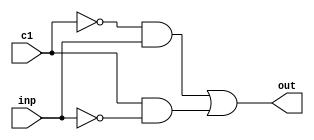
/*
member 1:
Name : Masthanaiah Chintamani
Roll : 191CS115
member 2:
Name : LSV Sandeep 
Roll : 191CS226

Date : 12th March,2021

Module Name : single bit alu design

*/


//mux 2:1 which take only one input and make 2 inputs internally one the input and other its inverse and depending on the control 
module mux(out,inp,c1);  //mux develop the a,invert of a with help of the control
output out;
input inp, c1;
wire n_inp;
not(n_inp,inp);
wire temp,temp1;
wire c1_not;
not(c1_not,c1);
and(temp,c1_not,inp);
and(temp1,c1,n_inp);
or(out,temp,temp1);
// assign out = (c1) ? ~inp:inp;
endmodule

// the following module is not used here as inputs are sent as one invert to another that is implemented as mux (above)
//this may be used further in next assignments
module mux_2inp(out,inp,inp1,c); //mux take 2 inputs and give one output with help of one control input
output out;
input inp,inp1,c;
wire c_inv;
not(c_inv,c);
wire and1,and2;
and(and1,c_inv,inp);
and(and2,c,inp1);
or(out,and1,and2);
endmodule

//takes the 4 inputs and with the help of additional two control inputs  generates the output 
// here c is  a 2-bit control input 
module mux_2(out,inp,inp1,inp2,inp3,c);//mux 4:1
output out;
input  inp,inp1,inp2,inp3;
input  [1:0] c ;
//assign out = (inp & ~c[0] & ~c[1]) | (inp1 & (c[0]) & ~(c[1])) |(inp2 & ~(c[0]) & (c[1])) | (inp3 & (c[0]) & (c[1]));

// following structural code can be replaced with above commented assign statement to get the desired output
wire w1,w2; 
not(w1,c[0]);
not(w2,c[1]);
wire choc,choc1,choc2,choc3;
and(choc,w1,w2);
and(choc1,c[0],w2);
and(choc2,w1,c[1]);
and(choc3,c[0],c[1]);
wire out1,out2,out3,out4;
and(out1,choc,inp);
and(out2,choc1,inp1);
and(out3,choc2,inp2);
and(out4,choc3,inp3);
wire dis,dis2;
or(dis,out1,out2);
or(dis1,out3,out4);
or(out,dis1,dis);
endmodule

//full adder module having the inputs a ,b, carry_in generates output carry_out and sum
module adder_full(cout,sum,a,b,cin); //full addder 
input a,b,cin;
output cout,sum;
wire w1;
xor(w1,a,b);
xor(sum,w1,cin);
//assign cout = a&b|a&cin|cin&b;
wire o1,o2;
and(o1,a,b);
and(o2,w1,cin);
or(cout,o1,o2);
endmodule
// single bit implementation taking the inputs a , b with help of carry in and left single bit inputs generating
// result of 64 -bit ,overflow flag ,zero check 
module alu_d(result,a,b,ain,bin,cin,c,cout,left); //1-bit alu 
input a,b,ain,bin,left,cin;
input [1:0] c;
output result,cout;
wire w1,w2,w3;
mux a1(w1,a,ain);
mux b1(w2,b,bin);
wire o,ad;
and(ad,w1,w2);
or(o,w1,w2);
adder_full q(cout,w3,a,w2,cin);
mux_2 m2(result,ad,o,w3,left,c);

endmodule